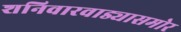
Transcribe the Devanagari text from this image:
शनिवारवाड्यासमोर